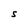
Character: S